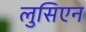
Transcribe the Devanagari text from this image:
लुसिएन